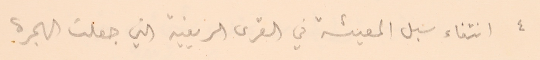
٤ انتفاء سبل المعيشة في القرى الريفية التي جعلت الهجرة